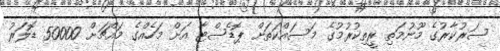
ސަރުކާރުގެ މޫނުމަތި ރީތިކުރުމުގެ މަސައްކަތަށް ޕޮޑެސްޓާ އަށް މަހެއްގެ މައްޗަށް 50000 ޑޮލަރު